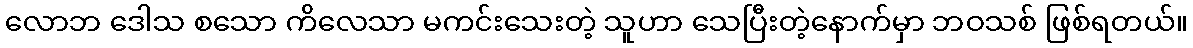
လောဘ ဒေါသ စသော ကိလေသာ မကင်းသေးတဲ့ သူဟာ သေပြီးတဲ့နောက်မှာ ဘဝသစ် ဖြစ်ရတယ်။